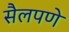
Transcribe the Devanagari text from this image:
सैलपणे